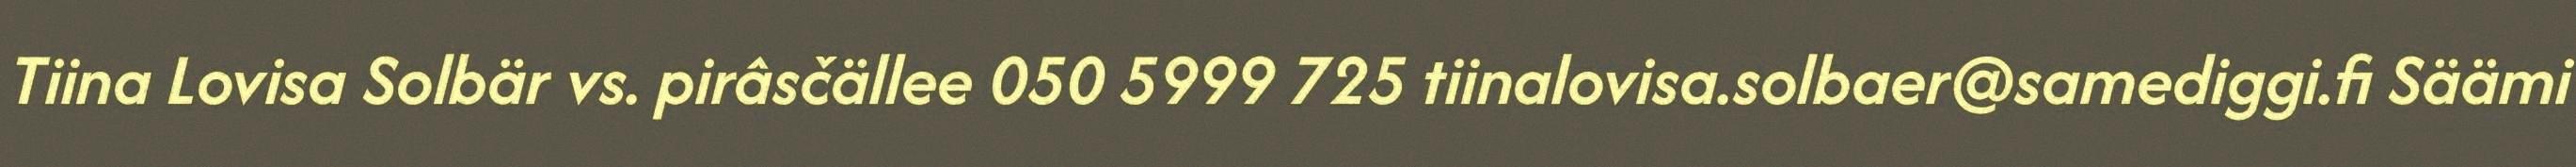
Tiina Lovisa Solbär vs. pirâsčällee 050 5999 725 tiinalovisa.solbaer@samediggi.fi Säämi